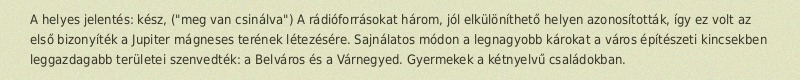
A helyes jelentés: kész, ("meg van csinálva") A rádióforrásokat három, jól elkülöníthető helyen azonosították, így ez volt az első bizonyíték a Jupiter mágneses terének létezésére. Sajnálatos módon a legnagyobb károkat a város építészeti kincsekben leggazdagabb területei szenvedték: a Belváros és a Várnegyed. Gyermekek a kétnyelvű családokban.